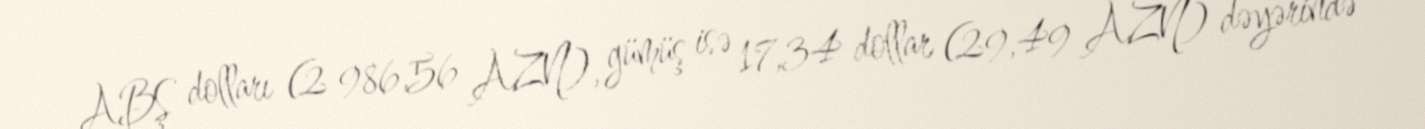
ABŞ dolları (2 986,56 AZN), gümüş isə 17,34 dollar (29,49 AZN) dəyərində